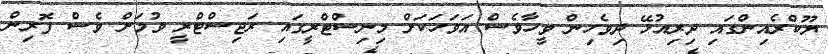
ޔޫކްރެއިންގައި ދިރިއުޅޭ ދިވެހިން ވީހާވެސް އަވަހަކަށް މިނިސްޓްރީގައި ރަޖިސްޓްރީ ވުމަށް ވެސް ފޮރިން